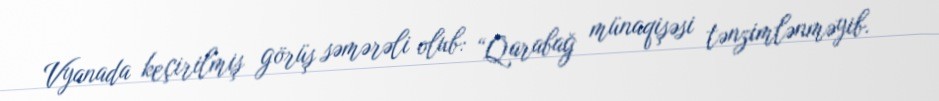
Vyanada keçirilmiş görüş səmərəli olub: “Qarabağ münaqişəsi tənzimlənməyib.